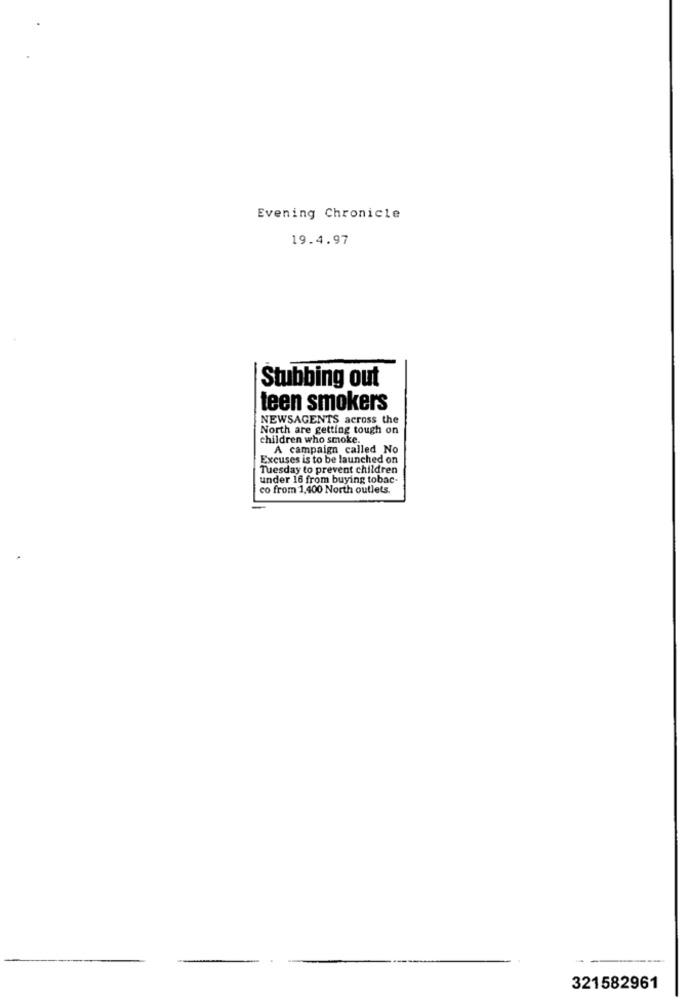
Evening Chronicle
19.4.97
Stubbing out
teen smokers
NEWSAGENTS across the
North are getting tough on
children who smoke.
A campaign called No
Excuses is to be launched on
Tuesday to prevent children
under 16 from buying tobac-
co from 1,400 North outlets.
321582961